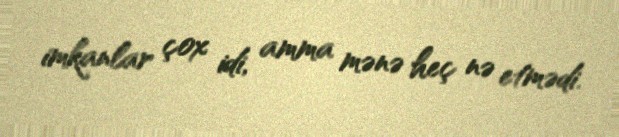
imkanlar çox idi, amma mənə heç nə etmədi.